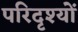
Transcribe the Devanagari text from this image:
परिदृश्‍यों